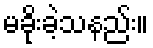
မခိုးခဲ့သနည်း။